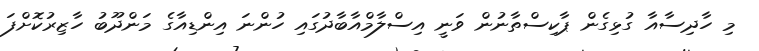
މި ހާދިސާއާ ގުޅިގެން ޕާކިސްތާނުން ވަނީ އިސްލާމްއާބާދުގައި ހުންނަ އިންޑިއާގެ މަންދޫބު ހާޒިރުކޮށްފަ